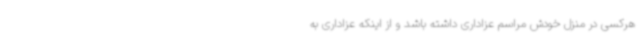
هرکسی در منزل خودش مراسم عزاداری داشته باشد و از اینکه عزاداری به